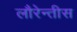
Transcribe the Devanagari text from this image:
लौरेन्तीस